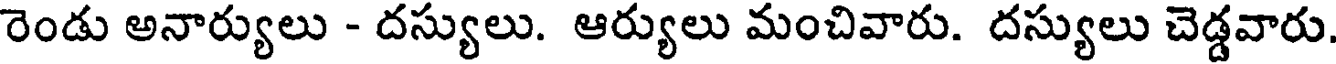
రెండు అనార్యులు - దస్యులు. ఆర్యులు మంచివారు. దస్యులు చెడ్డవారు